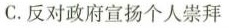
C.反对政府宣扬个人崇拜